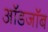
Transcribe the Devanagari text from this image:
ऑडजॉब